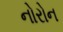
નોરોન